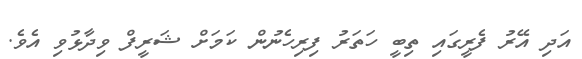
އަދި އޭރު ފެރީގައި ތިބީ ހަތަރު ފިރިހެނުން ކަމަށް ޝަރީފް ވިދާޅުވި އެވެ.